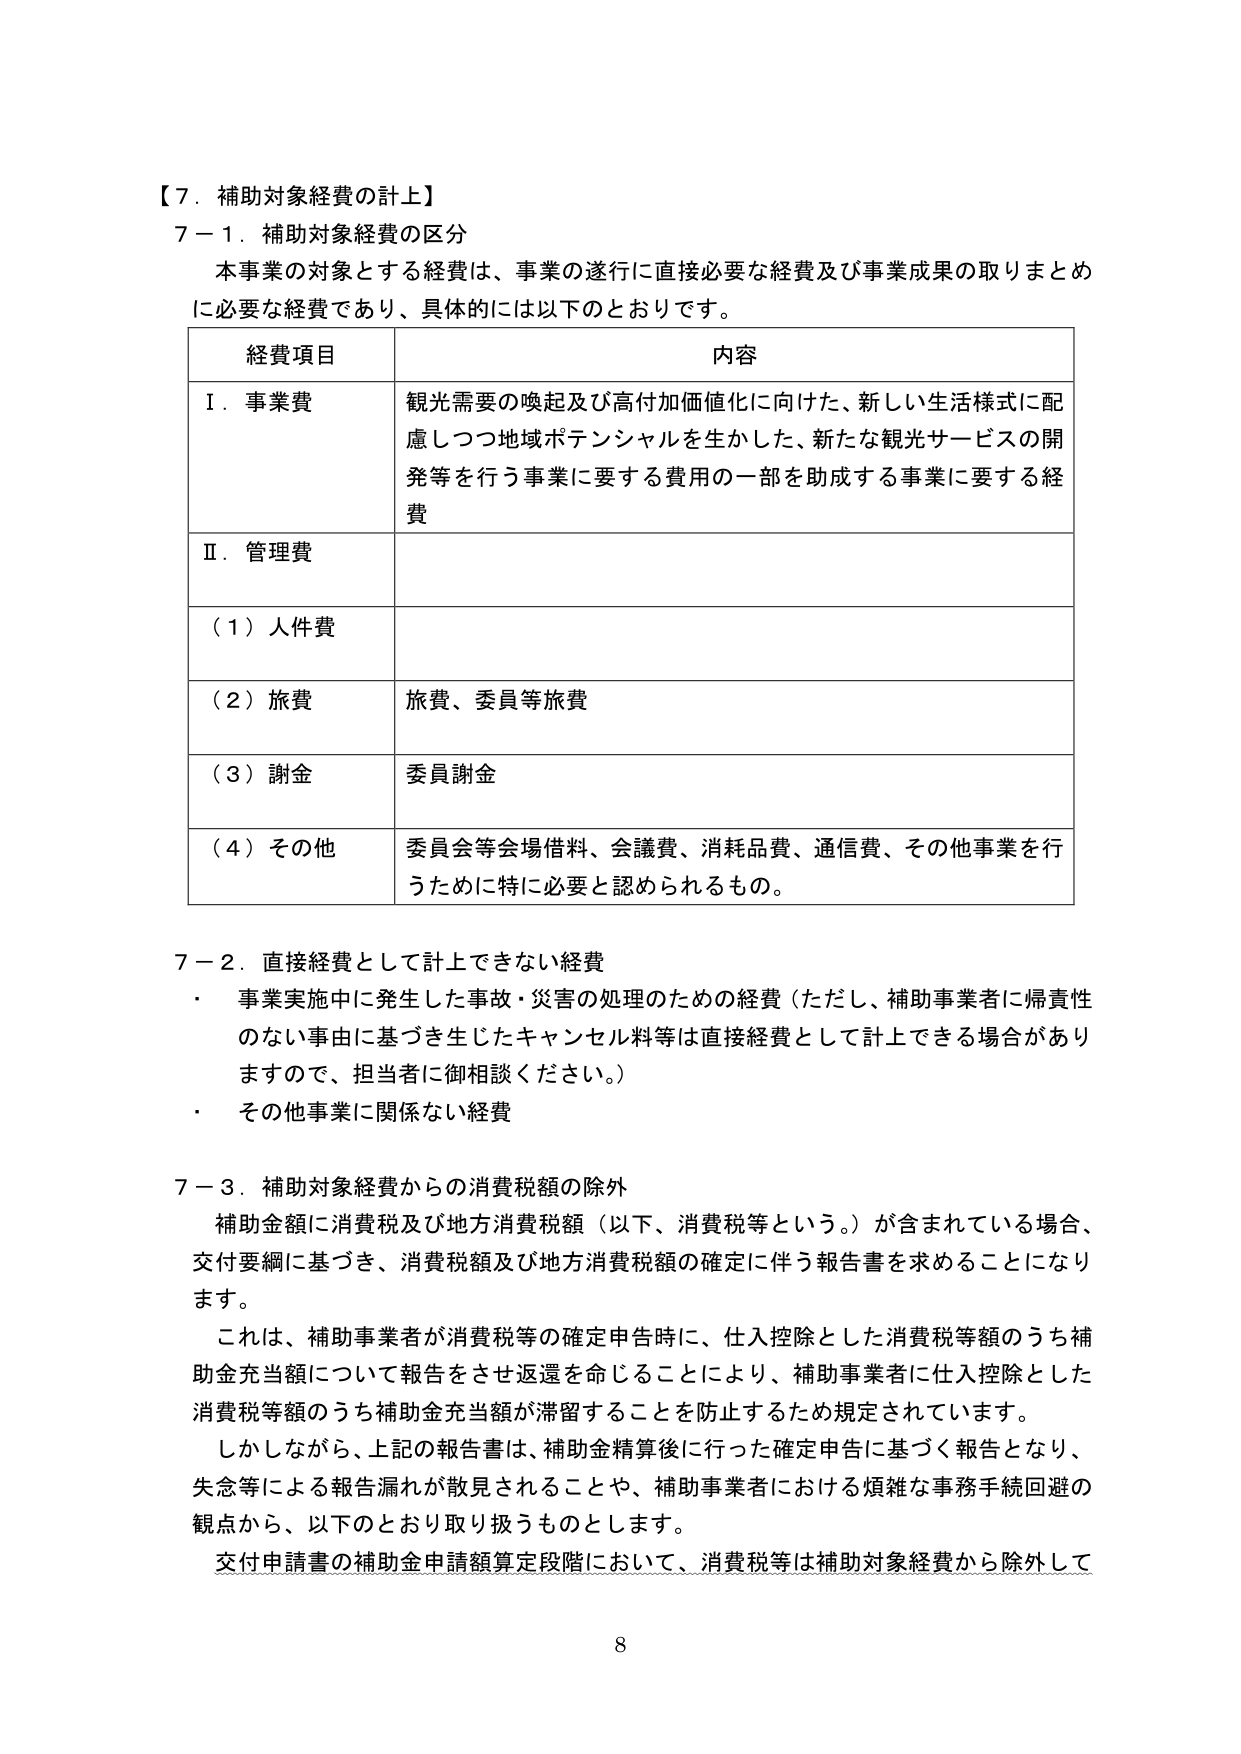
【７．補助対象経費の計上】
７－１．補助対象経費の区分
本事業の対象とする経費は、事業の遂行に直接必要な経費及び事業成果の取りまとめに必要な経費であり、具体的には以下のとおりです。

| 経費項目 | 内容 |
|----------|------|
| Ⅰ．事業費 | 観光需要の喚起及び高付加価値化に向けた、新しい生活様式に配慮しつつ地域ポテンシャルを生かした、新たな観光サービスの開発等を行う事業に要する費用の一部を助成する事業に要する経費 |
| Ⅱ．管理費 | |
| （１）人件費 | |
| （２）旅費 | 旅費、委員等旅費 |
| （３）謝金 | 委員謝金 |
| （４）その他 | 委員会等会場借料、会議費、消耗品費、通信費、その他事業を行うために特に必要と認められるもの。 |

７－２．直接経費として計上できない経費
・ 事業実施中に発生した事故・災害の処理のための経費（ただし、補助事業者に帰責性のない事由に基づき生じたキャンセル料等は直接経費として計上できる場合がありますので、担当者に御相談ください。）
・ その他事業に関係ない経費

７－３．補助対象経費からの消費税額の除外
補助金額に消費税及び地方消費税額（以下、消費税等という。）が含まれている場合、交付要綱に基づき、消費税額及び地方消費税額の確定に伴う報告書を求めることになります。
これは、補助事業者が消費税等の確定申告時に、仕入控除とした消費税等額のうち補助金充当額について報告をさせ返還を命じることにより、補助事業者に仕入控除とした消費税等額のうち補助金充当額が滞留することを防止するため規定されています。
しかしながら、上記の報告書は、補助金精算後に行った確定申告に基づく報告となり、失念等による報告漏れが散見されることや、補助事業者における煩雑な事務手続回避の観点から、以下のとおり取り扱うものとします。
交付申請書の補助金申請額算定段階において、消費税等は補助対象経費から除外して

8